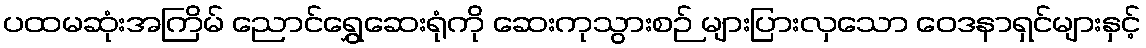
ပထမဆုံးအကြိမ် ညောင်ရွှေဆေးရုံကို ဆေးကုသွားစဉ် များပြားလှသော ဝေဒနာရှင်များနှင့်